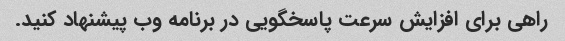
راهی برای افزایش سرعت پاسخگویی در برنامه وب پیشنهاد کنید.